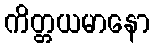
ကိတ္တယမာနော